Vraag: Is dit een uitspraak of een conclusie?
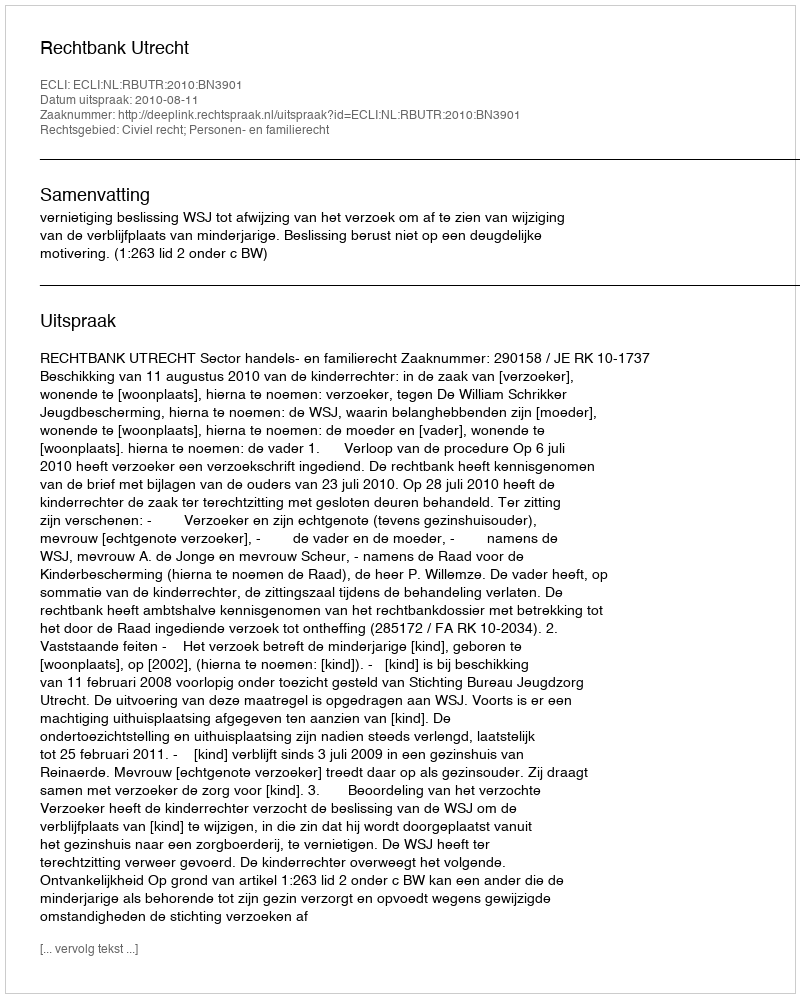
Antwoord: Uitspraak